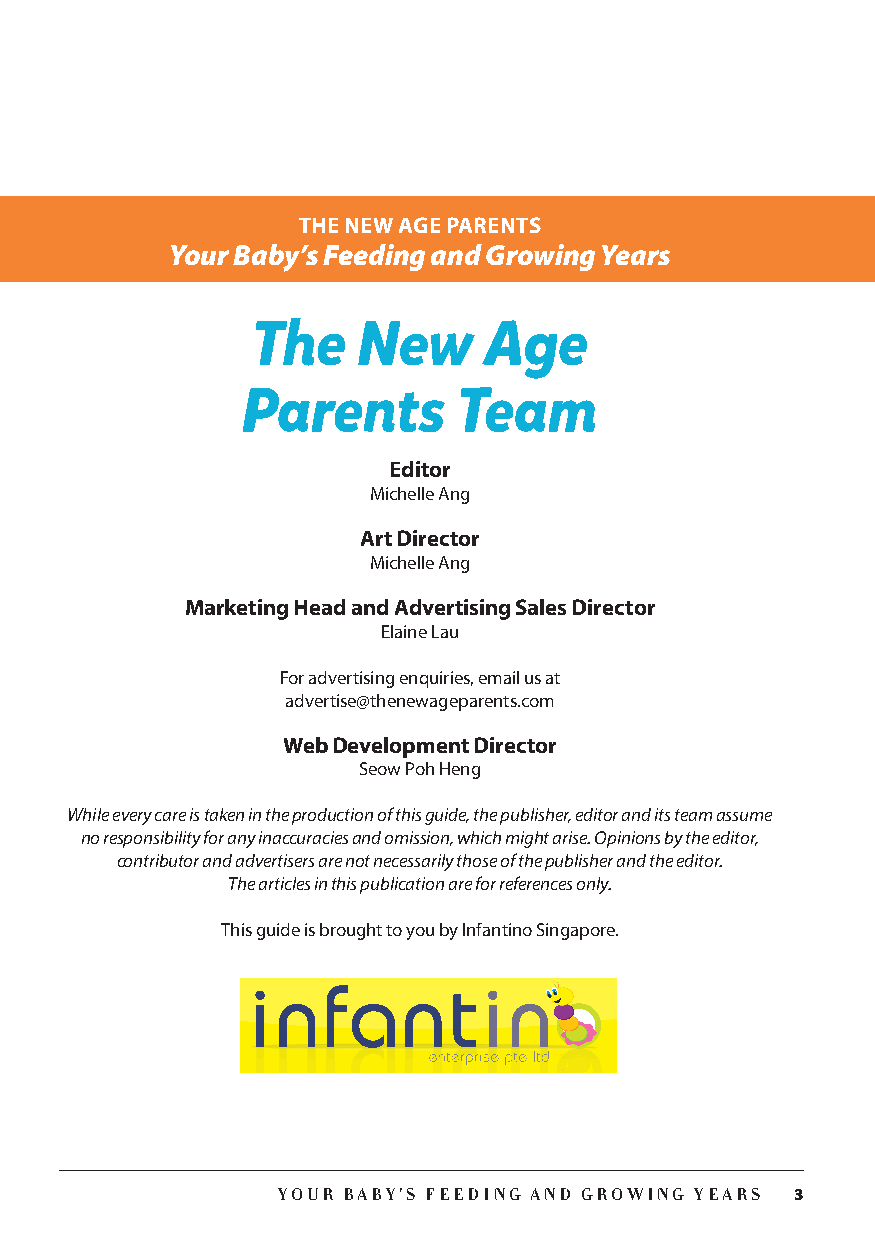
THE NEW AGE PARENTS
 Your Baby’s Feeding and Growing Years
 The    New     Age
 Parents       Team
 Editor
 Michelle Ang
 Art Director
 Michelle Ang
 Marketing Head and Advertising Sales Director
 Elaine Lau
 For advertising enquiries, email us at
 advertise@thenewageparents.com
 Web Development Director
 Seow Poh Heng
 While every care is taken in the production of this guide, the publisher, editor and its team assume
 no responsibility for any inaccuracies and omission, which might arise. Opinions by the editor,
 contributor and advertisers are not necessarily those of the publisher and the editor.
 The articles in this publication are for references only.
 This guide is brought to you by Infantino Singapore.
 YOUR BABY’S FEEDING AND GROWING YEARS 3